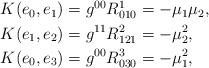
LaTeX: \begin{align*}\begin{aligned}K(e_0,e_1)&=g^{00}R^1_{010}=-\mu_1\mu_2,\\K(e_1,e_2)&=g^{11}R^2_{121}=-\mu_2^2,\\K(e_0,e_3)&=g^{00}R^3_{030}=-\mu_1^2,\end{aligned}\end{align*}